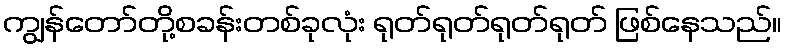
ကျွန်တော်တို့စခန်းတစ်ခုလုံး ရုတ်ရုတ်ရုတ်ရုတ် ဖြစ်နေသည်။